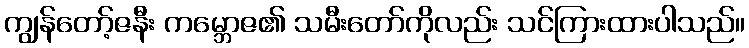
ကျွန်တော့်ဇနီး ကမ္ဘောဇ၏ သမီးတော်ကိုလည်း သင်ကြားထားပါသည်။